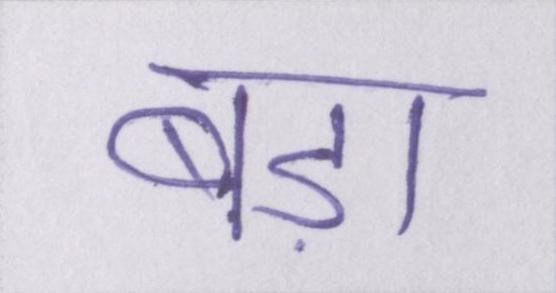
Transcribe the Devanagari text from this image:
बड़ा